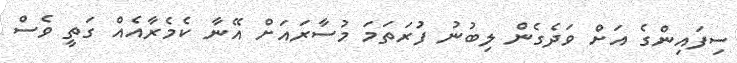
ސިފައިންގެ އަށް ވަދެގެން ލިބުނު ފުރަތަމަ މުސާރައަށް އޭނާ ކެމެރާއެއް ގަތީ ވެސް